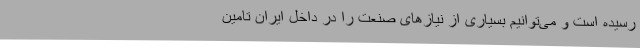
رسیده است و می‌توانیم بسیاری از نیازهای صنعت را در داخل ایران تامین